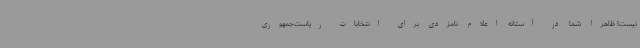
نیست! ظاهرا شما در آستانه اعلام نامزدی برای انتخابات ریاست‌جمهوری